Black-water fever - Number 35
Disease focus: Fever
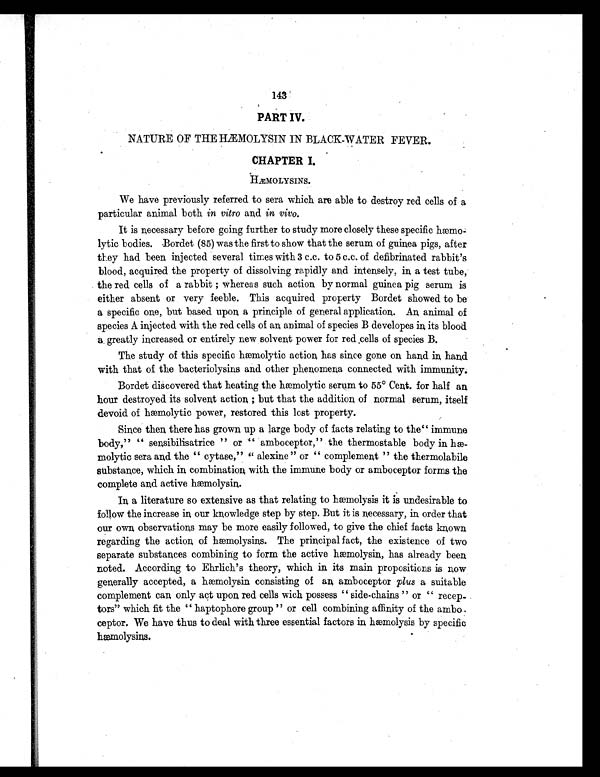
143
PART IV.
NATURE OF THE HÆMOLYSIN IN BLACK-WATER FEVER.
CHAPTER I.
HÆMOLYSINS.
We have previously referred to sera which are able to destroy red cells of a
particular animal both in vitro and in vivo.
It is necessary before going further to study more closely these specific
hæmolytic bodies. Bordet (85) was the first to show that the serum of guinea pigs, after
they had been injected several times with 3 c.c. to 5 c.c. of defibrinated rabbit's
blood, acquired the property of dissolving rapidly and intensely, in a test tube,
the red cells of a rabbit ; whereas such action by normal guinea pig serum is
either absent or very feeble. This acquired property Bordet showed to be
a specific one, but based upon a principle of general application. An animal of
species A injected with the red cells of an animal of species B developes in, its blood
a, greatly increased or entirely new solvent power for red cells of species B.
The study of this specific hæmolytic action has since gone on hand in hand
with that of the bacteriolysins and other phenomena connected with immunity.
Bordet discovered that heating the hæmolytic serum to 55° Cent. for half an
hour destroyed its solvent action ; but that the addition of normal serum, itself
devoid of hæmolytic power, restored this lost property.
Since then there has grown up a large body of facts relating to the" immune
body," " sensibilisatrice " or amboceptor," the thermostable body in
hæmolytic sera and the " cytase," " alexine " or " complement " the thermolabile
substance, which in combination with the immune body or amboceptor forms the
complete and active hæmolysin.
In a literature so extensive as that relating to hæmolysis it is undesirable to
follow the increase in our knowledge step by step. But it is necessary, in order that
our own observations may be more easily followed, to give the chief facts known
regarding the action of hæmolysins. The principal fact, the existence of two
separate substances combining to form the active hæmolysin, has already been,
noted. According to Ehrlich's theory, which in its main propositions is now
generally accepted, a hæmolysin consisting of an amboceptor plus a suitable
complement can only act upon red cells with possess " side-chains " or " recep-
tors" which fit the " haptophore group " or cell combining affinity of the ambo
ceptor. We have thus to deal with three essential factors in hæmolysis by specific
hæmolysins.